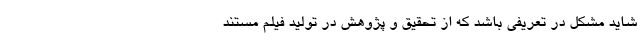
شاید مشکل در تعریفی باشد که از تحقیق و پژوهش در تولید فیلم مستند